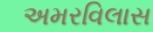
અમરવિલાસ